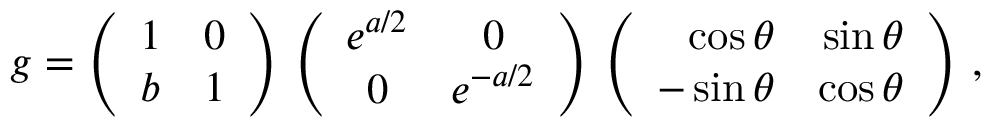
g = \left( \begin{array} { c c } { { 1 } } & { { 0 } } \\ { { b } } & { { 1 } } \end{array} \right) \, \left( \begin{array} { c c } { { e ^ { a / 2 } } } & { { 0 } } \\ { { 0 } } & { { e ^ { - a / 2 } } } \end{array} \right) \, \left( \begin{array} { r r } { { \cos \theta } } & { { \sin \theta } } \\ { { - \sin \theta } } & { { \cos \theta } } \end{array} \right) \, ,